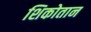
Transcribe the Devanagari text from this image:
शिकोतान